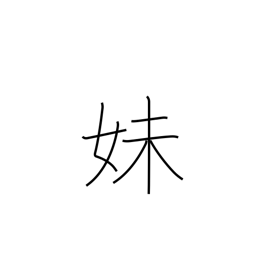
Meaning: younger sister